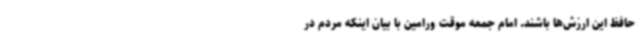
حافظ این ارزش‌ها باشند. امام جمعه موقت ورامین با بیان اینکه مردم در